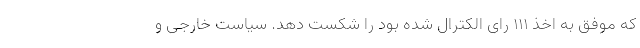
که موفق به اخذ 111 رای الکترال شده بود را شکست دهد. سیاست خارجی و